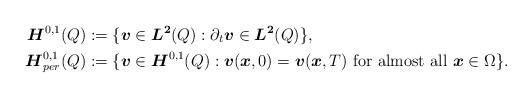
LaTeX: \begin{align*}\boldsymbol{H}^{0,1}(Q) &:= \{ \boldsymbol{v} \in \boldsymbol{L^2}(Q): \partial_t \boldsymbol{v} \in \boldsymbol{L^2}(Q) \}, \\\boldsymbol{H}^{0,1}_{per}(Q) &:= \{ \boldsymbol{v} \in \boldsymbol{H}^{0,1}(Q): \boldsymbol{v}(\boldsymbol{x},0) = \boldsymbol{v}(\boldsymbol{x},T) \ \mbox{for almost all } \boldsymbol{x} \in \Omega \}.\end{align*}